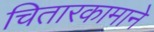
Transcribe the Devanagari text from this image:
चितारकामाने